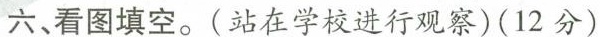
六、看图填空。（站在学校进行观察）（12分）